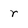
Character: r